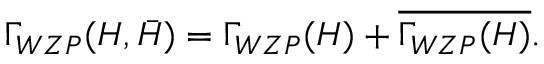
\Gamma _ { W Z P } ( H , \bar { H } ) = \Gamma _ { W Z P } ( H ) + \overline { { { \Gamma _ { W Z P } ( H ) } } } .